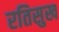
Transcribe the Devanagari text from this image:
रतिसुख